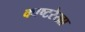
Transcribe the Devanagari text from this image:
काष्टरेखा